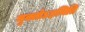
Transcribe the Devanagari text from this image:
मुक्तोऽहमिति